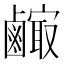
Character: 𪉼